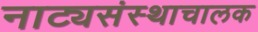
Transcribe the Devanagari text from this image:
नाट्यसंस्थाचालक